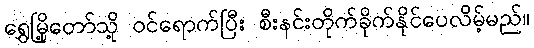
ရွှေမြို့တော်သို့ ဝင်ရောက်ပြီး စီးနင်းတိုက်ခိုက်နိုင်ပေလိမ့်မည်။